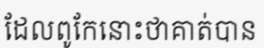
ដែលពូកែនោះថាគាត់បាន